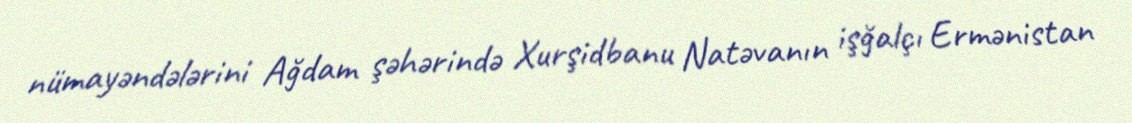
nümayəndələrini Ağdam şəhərində Xurşidbanu Natəvanın işğalçı Ermənistan